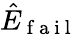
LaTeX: \hat{E}_{\mathrm{~f~a~i~l~}}